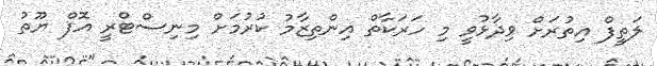
ލަތީފް އިތުރަށް ވިދާޅުވީ މި ހަރަކާތް އިންތިޒާމު ކުރުމަށް މިނިސްޓްރީ އޮފް ޔޫތު